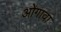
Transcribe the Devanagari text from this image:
ओगावा